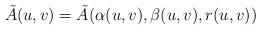
LaTeX: \begin{align*} \tilde{A}(u,v)=\tilde{A}(\alpha(u,v),\beta(u,v),r(u,v))\end{align*}